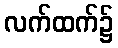
လက်ထက်၌